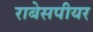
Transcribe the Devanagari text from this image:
राबेसपीयर